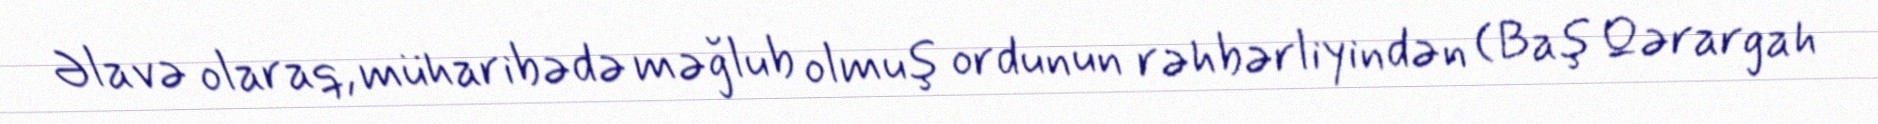
Əlavə olaraq, müharibədə məğlub olmuş ordunun rəhbərliyindən (Baş Qərargah